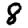
Digit: 8